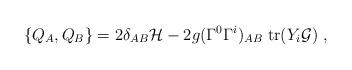
LaTeX: \begin{align*}\{ Q_A, Q_B \} = 2\delta_{AB} {\cal H} - 2g (\Gamma^0\Gamma^i)_{AB}\;{\rm tr}( Y_i {\cal G})\ ,\end{align*}